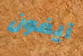
آيفون